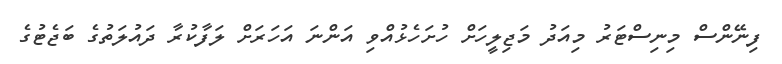
ފިނޭންސް މިނިސްޓަރު މިއަދު މަޖިލީހަށް ހުށަހެޅުއްވި އަންނަ އަހަރަށް ލަފާކުރާ ދައުލަތުގެ ބަޖެޓުގެ